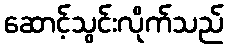
ဆောင့်သွင်းလိုက်သည်